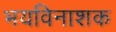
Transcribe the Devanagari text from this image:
भयविनाशक